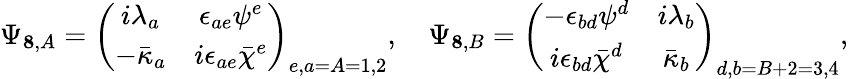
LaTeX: \Psi_{{\mathbf 8},A}=\left(\begin{array}{cc}{{i\lambda_{a}}}&{{\epsilon_{ae}\psi^{e}}}\\ {{-\bar{\kappa}_{a}}}&{{i\epsilon_{ae}\bar{\chi}^{e}}}\end{array}\right)_{e,a=A=1,2},\quad\Psi_{{\mathbf 8},B}=\left(\begin{array}{cc}{{-\epsilon_{bd}\psi^{d}}}&{{i\lambda_{b}}}\\ {{i\epsilon_{bd}\bar{\chi}^{d}}}&{{\bar{\kappa}_{b}}}\end{array}\right)_{d,b=B+2=3,4},